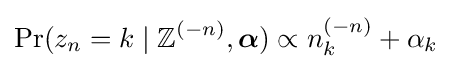
\Pr(z_{n}=k\mid \mathbb {Z} ^{(-n)},{\boldsymbol {\alpha }})\propto n_{k}^{(-n)}+\alpha _{k}